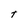
Character: t